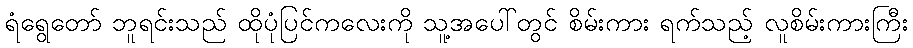
ရံရွေတော် ဘူရင်းသည် ထိုပုံပြင်ကလေးကို သူ့အပေါ်တွင် စိမ်းကား ရက်သည့် လူစိမ်းကားကြီး